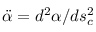
\ddot { \alpha } = d ^ { 2 } \alpha / d s _ { c } ^ { 2 }